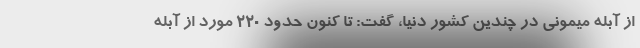
از آبله میمونی در چندین کشور دنیا، گفت: تا کنون حدود 220 مورد از آبله